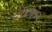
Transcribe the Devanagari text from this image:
इंस्टीट्युशन